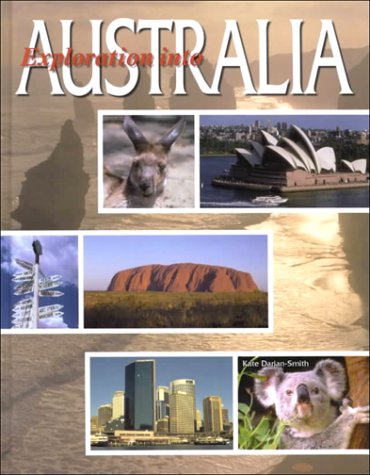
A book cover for Exploration Into Australia; Chelsea House Publications; Children's Books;